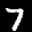
Label: 7